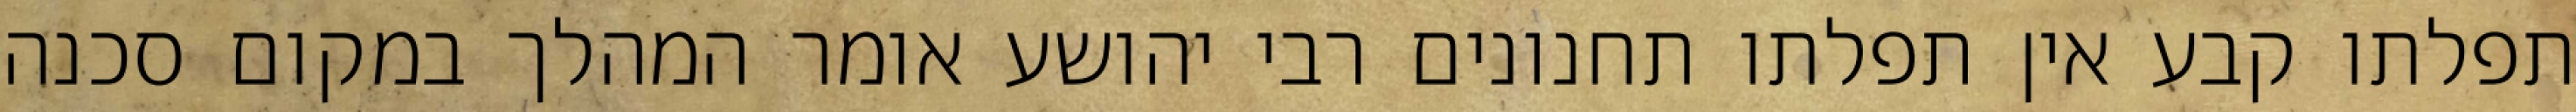
תפלתו קבע אין תפלתו תחנונים רבי יהושע אומר המהלך במקום סכנה